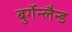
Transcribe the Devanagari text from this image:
बुर्गेन्लैन्ड